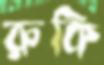
রুকি